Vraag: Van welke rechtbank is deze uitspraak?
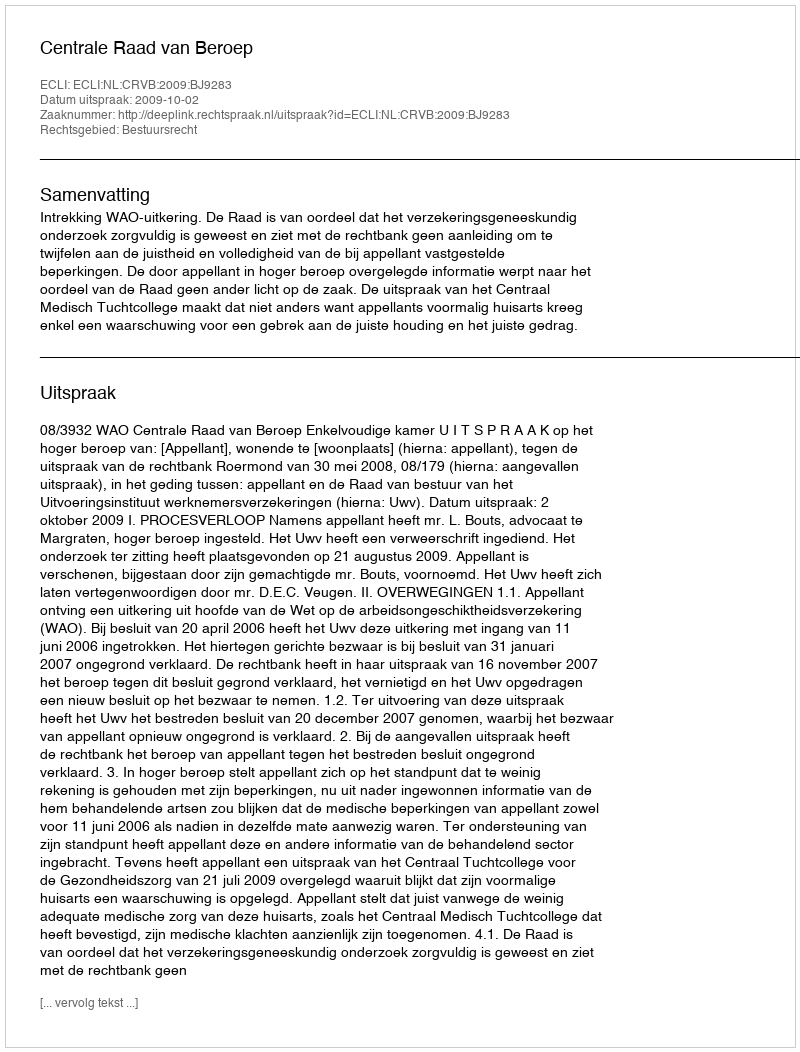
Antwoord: Centrale Raad van Beroep